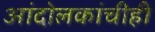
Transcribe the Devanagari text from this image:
आंदोलकांचीही